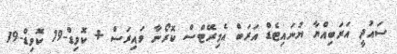
ސައުދީ އަަރަބިއްޔާ ޔުނައިޓެޑް އަރަބް އެމިރޭޓްސް ކޮރޯނާ ވައިރަސް + ކޮވިޑް-19 ކޮވިޑް-19